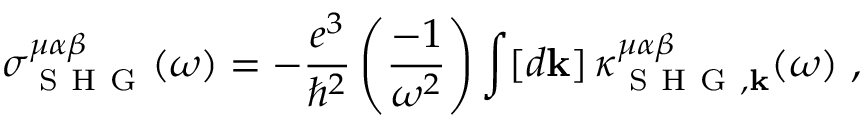
\sigma _ { \mathrm { ~ S ~ H ~ G ~ } } ^ { \mu \alpha \beta } ( \omega ) = - \frac { e ^ { 3 } } { \hslash ^ { 2 } } \left( \frac { - 1 } { \omega ^ { 2 } } \right) \int [ d \mathbf { k } ] \, \kappa _ { \mathrm { ~ S ~ H ~ G ~ } , \mathbf { k } } ^ { \mu \alpha \beta } ( \omega ) \mathrm { ~ , ~ }